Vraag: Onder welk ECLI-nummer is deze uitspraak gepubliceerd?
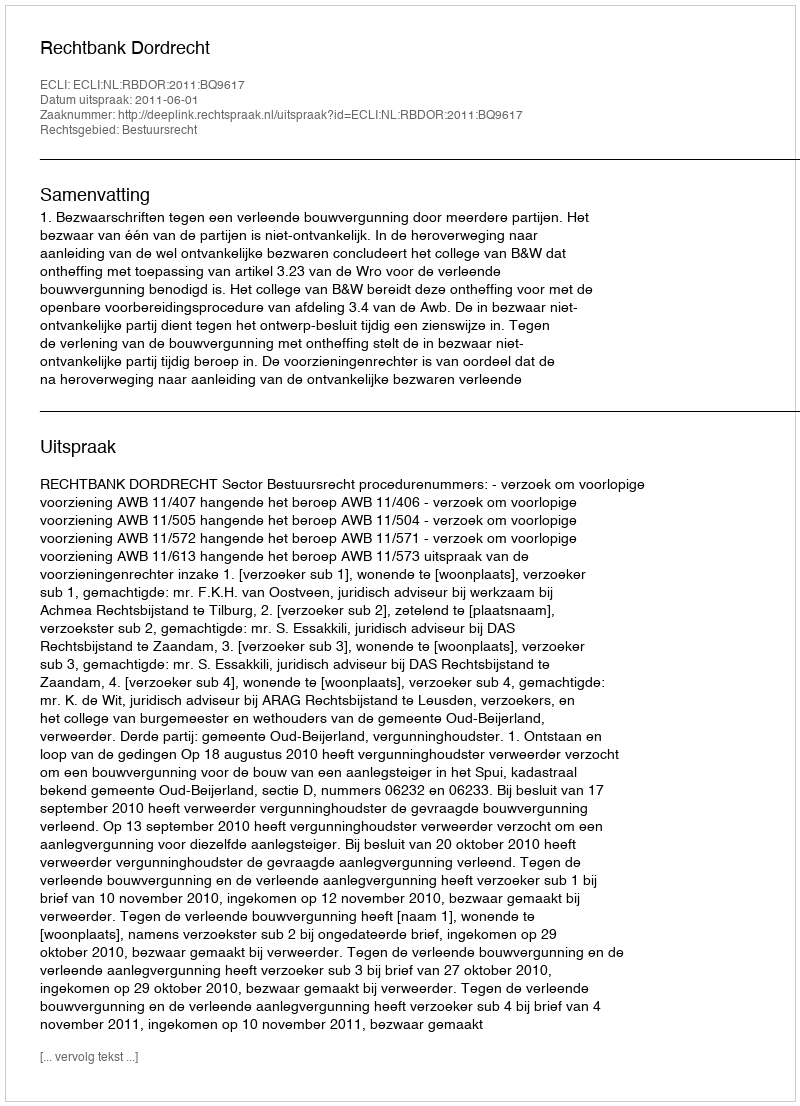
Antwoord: ECLI:NL:RBDOR:2011:BQ9617